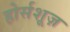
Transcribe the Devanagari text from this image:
होर्सशूज़